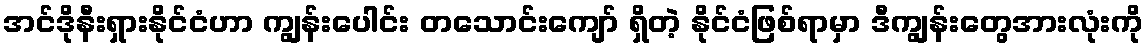
အင်ဒိုနီးရှားနိုင်ငံဟာ ကျွန်းပေါင်း တသောင်းကျော် ရှိတဲ့ နိုင်ငံဖြစ်ရာမှာ ဒီကျွန်းတွေအားလုံးကို